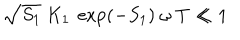
LaTeX: \sqrt { S _ { 1 } } \ K _ { 1 } \ \exp ( - S _ { 1 } ) \ \omega \ T \ll 1